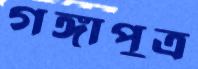
গঙ্গাপুত্র